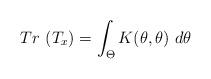
LaTeX: \begin{align*}Tr~(T_x) = \int _{\Theta } K(\theta ,\theta) ~d \theta\end{align*}